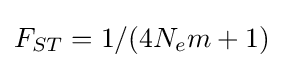
F_{ST}=1/(4N_{e}m+1)